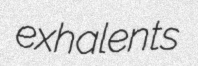
exhalents